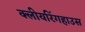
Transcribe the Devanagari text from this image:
क्लीयरिंगहाउस